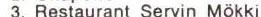
3. Restaurant Servin Mökki